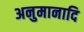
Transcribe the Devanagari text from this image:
अनुमानादि